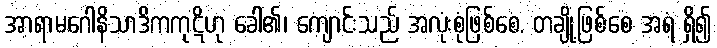
အာရာမဂေါနိသာဒိကကုဋိဟု ခေါ်၏၊ ကျောင်းသည် အလုံးစုံဖြစ်စေ, တချို့ဖြစ်စေ အရံ ရှိ၍